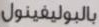
بالبوليفينول